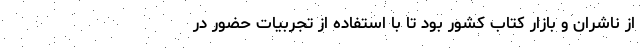
از ناشران و بازار کتاب کشور بود تا با استفاده از تجربیات حضور در